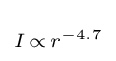
\scriptstyle I\,\propto \,r^{-4.7}